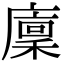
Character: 廩